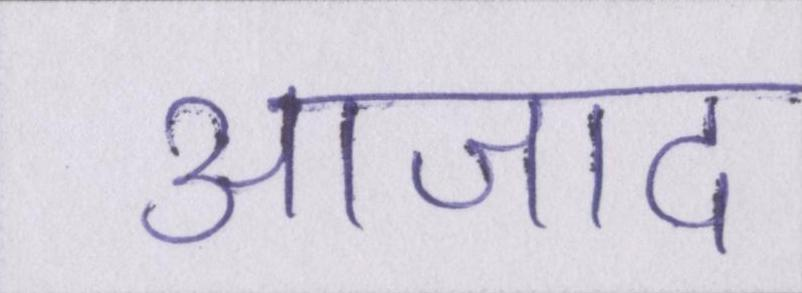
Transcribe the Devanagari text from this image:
आजाद